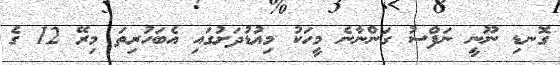
ގޮނޑި ނޫނީ ނަފްސު ގަންނާނެ މީހަކު މިއުޑުދަށުގައި އެބަހުރިތަ މިރޭ 12 ގެ